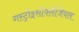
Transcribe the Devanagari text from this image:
गस्ट्रोइसोफ्लेजियल